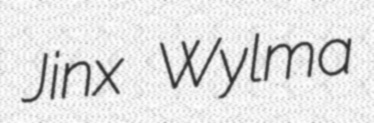
Jinx Wylma